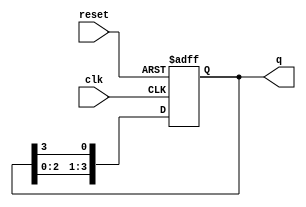
module ring_counter (
    input wire clk,          // Clock signal
    input wire reset,        // Asynchronous reset signal
    output reg [N-1:0] q     // Output state of the counter
);
    parameter N = 4;         // Number of flip-flops (bits in the counter)

    // Initial state
    initial begin
        q = 1'b1;            // Start with the first flip-flop set to '1'
    end

    // Synchronous process
    always @(posedge clk or posedge reset) begin
        if (reset) begin
            q <= 1'b1;       // Reset the counter to the initial state
        end else begin
            // Shift the '1' to the next flip-flop
            q <= {q[N-2:0], q[N-1]}; // Shift left and wrap around
        end
    end
endmodule